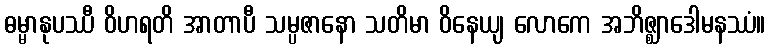
ဓမ္မာနုပဿီ ဝိဟရတိ အာတာပီ သမ္ပဇာနော သတိမာ ဝိနေယျ လောကေ အဘိဇ္ဈာဒေါမနဿံ။